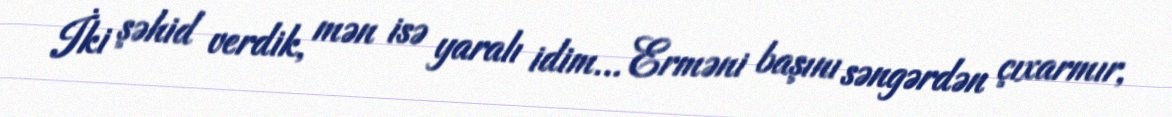
İki şəhid verdik, mən isə yaralı idim... Erməni başını səngərdən çıxarmır,